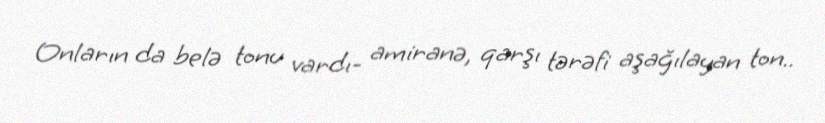
Onların da belə tonu vardı- amiranə, qarşı tərəfi aşağılayan ton..